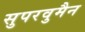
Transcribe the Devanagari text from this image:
सुपरवुमैन